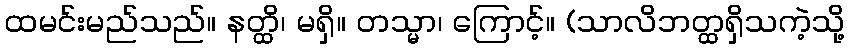
ထမင်းမည်သည်။ နတ္ထိ၊ မရှိ။ တသ္မာ၊ ကြောင့်။ (သာလိဘတ္ထရှိသကဲ့သို့